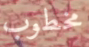
مخطوب